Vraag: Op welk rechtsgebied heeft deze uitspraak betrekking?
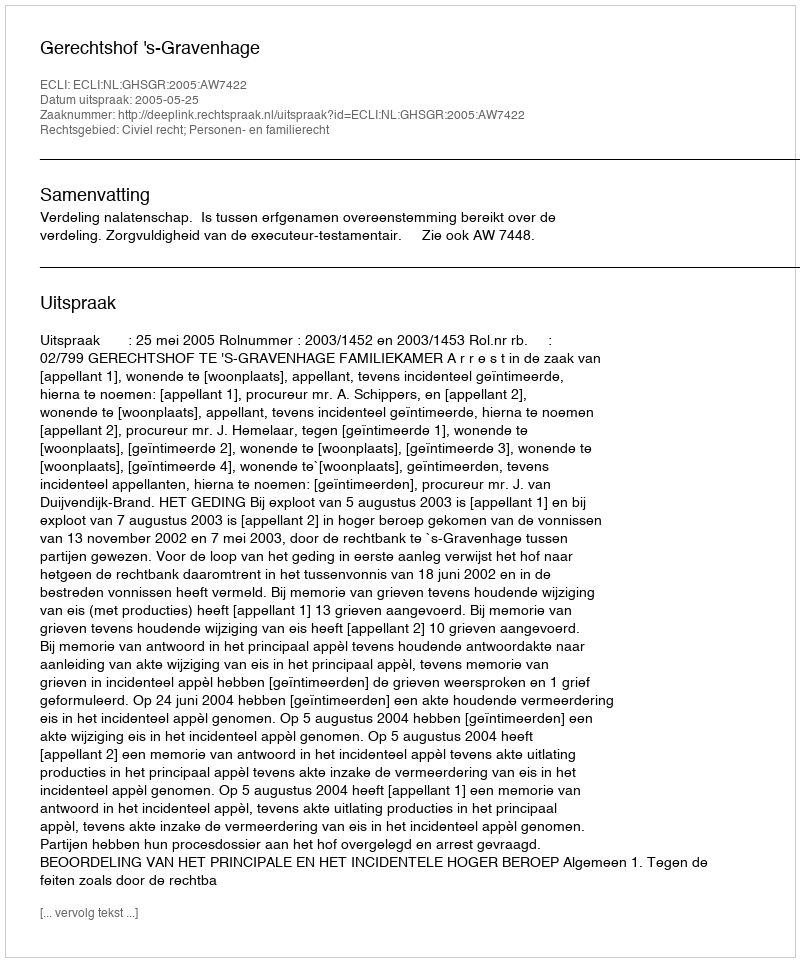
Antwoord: Civiel recht; Personen- en familierecht